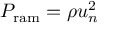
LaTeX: P _ { \mathrm { r a m } } = \rho u _ { n } ^ { 2 }